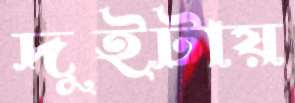
দুইটায়